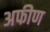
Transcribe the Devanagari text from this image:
अफीण